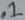
Text: .1